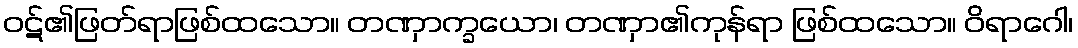
ဝဋ်၏ဖြတ်ရာဖြစ်ထသော။ တဏှာက္ခယော၊ တဏှာ၏ကုန်ရာ ဖြစ်ထသော။ ဝိရာဂေါ၊